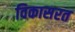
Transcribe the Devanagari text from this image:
विकासरत